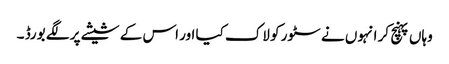
وہاں پہنچ کر انہوں نے سٹور کو لاک کیا اور اس کے شیشے پر لگے بورڈ ۔